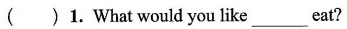
( )1. What would you like__eat?